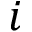
i